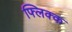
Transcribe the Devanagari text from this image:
फ्लिक्क